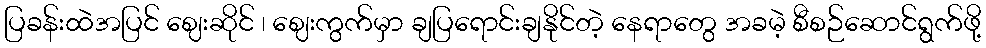
ပြခန်းထဲအပြင် ဈေးဆိုင် ၊ ဈေးကွက်မှာ ချပြရောင်းချနိုင်တဲ့ နေရာတွေ အခမဲ့ စီစဉ်ဆောင်ရွက်ဖို့